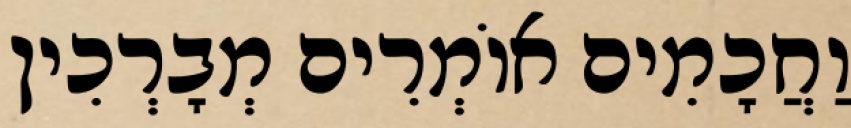
וַחֲכָמִים אוֹמְרִים מְבָרְכִין